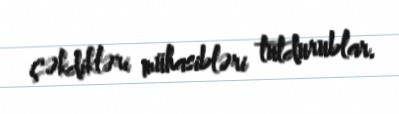
çəkdikləri mühasibləri tutdurublar.